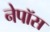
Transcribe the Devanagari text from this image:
नेपॉस